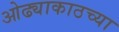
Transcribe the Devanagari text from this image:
ओढ्याकाठच्या